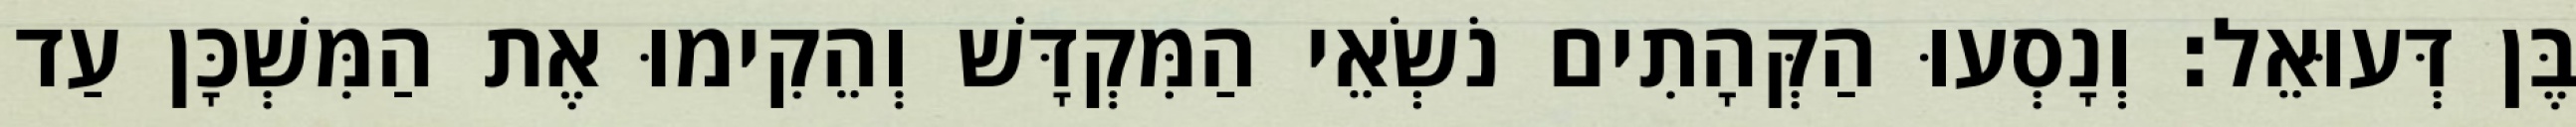
בֶּן דְּעוּאֵל׃ וְנָסְעוּ הַקְּהָתִים נֹשְׂאֵי הַמִּקְדָּשׁ וְהֵקִימוּ אֶת הַמִּשְׁכָּן עַד